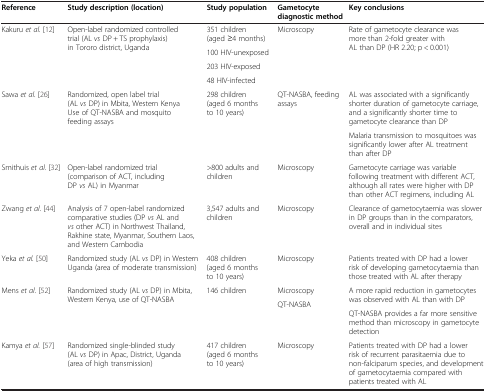
| Reference | Study description (location) | Study population | Gametocyte diagnostic method | Key conclusions |
 | --- | --- | --- | --- | --- |
 | <ROWSPAN=4> Kakuru et al.[12] | <ROWSPAN=4> Open-label randomized controlled trial (AL vs DP + TS prophylaxis) in Tororo district, Uganda | 351 children (aged ≥4 months) | <ROWSPAN=4> Microscopy | <ROWSPAN=4> Rate of gametocyte clearance was more than 2-fold greater with AL than DP (HR 2.20; p < 0.001) |
 | 100 HIV-unexposed |
 | 203 HIV-exposed |
 | 48 HIV-infected |
 | <ROWSPAN=2> Sawa et al. [26] | <ROWSPAN=2> Randomized, open label trial (AL vs DP) in Mbita, Western Kenya Use of QT-NASBA and mosquito feeding assays | <ROWSPAN=2> 298 children (aged 6 months to 10 years) | <ROWSPAN=2> QT-NASBA, feeding assays | AL was associated with a significantly shorter duration of gametocyte carriage, and a significantly shorter time to gametocyte clearance than DP |
 | Malaria transmission to mosquitoes was significantly lower after AL treatment than after DP |
 | Smithuis et al.[32] | Open-label randomized trial (comparison of ACT, including DP vs AL) in Myanmar | >800 adults and children | Microscopy | Gametocyte carriage was variable following treatment with different ACT, although all rates were higher with DP than other ACT regimens, including AL |
 | Zwang et al.[44] | Analysis of 7 open-label randomized comparative studies (DP vs AL and vs other ACT) in Northwest Thailand, Rakhine state, Myanmar, Southern Laos, and Western Cambodia | 3,547 adults and children | Microscopy | Clearance of gametocytaemia was slower in DP groups than in the comparators, overall and in individual sites |
 | Yeka et al.[50] | Randomized study (AL vs DP) in Western Uganda (area of moderate transmission) | 408 children (aged 6 months to 10 years) | Microscopy | Patients treated with DP had a lower risk of developing gametocytaemia than those treated with AL after therapy |
 | <ROWSPAN=3> Mens et al.[52] | <ROWSPAN=3> Randomized study (AL vs DP) in Mbita, Western Kenya, use of QT-NASBA | <ROWSPAN=3> 146 children | Microscopy | <ROWSPAN=2> A more rapid reduction in gametocytes was observed with AL than with DP |
 | <ROWSPAN=2> QT-NASBA |
 | QT-NASBA provides a far more sensitive method than microscopy in gametocyte detection |
 | Kamya et al.[57] | Randomized single-blinded study (AL vs DP) in Apac, District, Uganda (area of high transmission) | 417 children (aged 6 months to 10 years) | Microscopy | Patients treated with DP had a lower risk of recurrent parasitaemia due to non-falciparum species, and development of gametocytaemia compared with patients treated with AL |